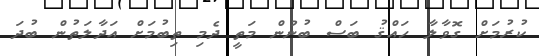
ކުރުމަށް ގޮވާލާ ހައްޤު ބަސް ބުނުން މަތީ ދެމި ތިބުމަށް އަދާލަތުން ބުދަ